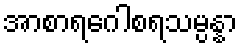
အာစာရဂေါစရသမ္ပန္နာ